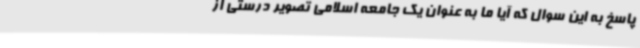
پاسخ به این سوال که آیا ما به عنوان یک جامعه اسلامی تصویر درستی از